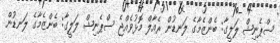
ސްޕެނިޝް ލަލީގާ: ބެންޒެމާގެ ލަނޑުން ރެއާލް މޮޅުވެއްޖެ ސްޕެނިޝް ލަލީގާ: ބެންޒެމާގެ ލަނޑުން